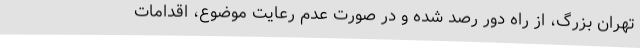
تهران بزرگ، از راه دور رصد شده و در صورت عدم رعایت موضوع، اقدامات